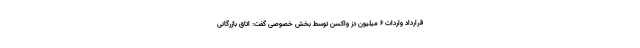
قرارداد واردات ۶ میلیون دز واکسن توسط بخش خصوصی گفت: اتاق بازرگانی